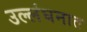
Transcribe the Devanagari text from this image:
उल्लंघनात